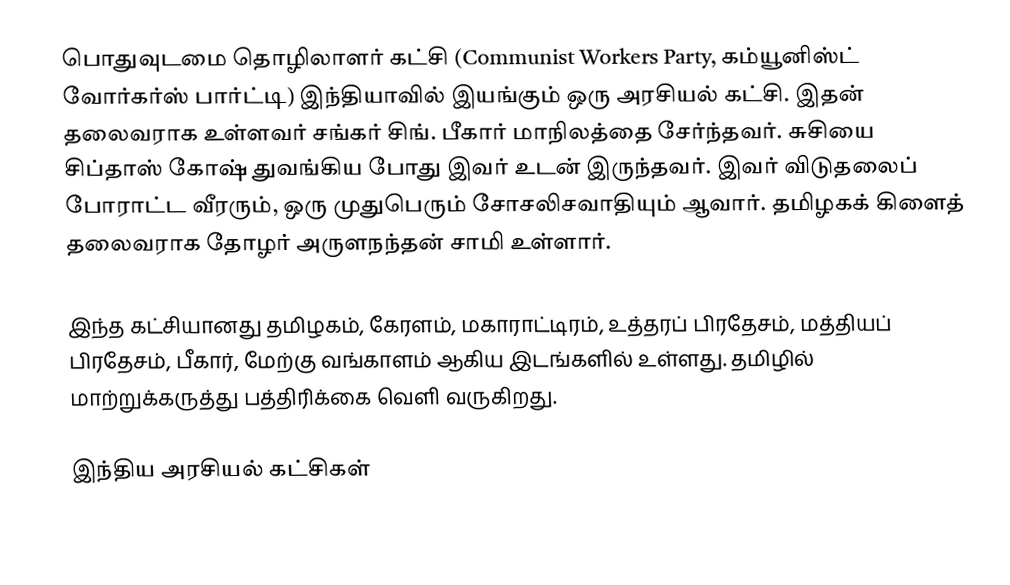
பொதுவுடமை தொழிலாளர் கட்சி (Communist Workers Party, கம்யூனிஸ்ட் வோர்கர்ஸ் பார்ட்டி) இந்தியாவில் இயங்கும் ஒரு அரசியல் கட்சி. இதன் தலைவராக உள்ளவர் சங்கர் சிங். பீகார் மாநிலத்தை சேர்ந்தவர். சுசியை சிப்தாஸ் கோஷ் துவங்கிய போது இவர் உடன் இருந்தவர். இவர் விடுதலைப் போராட்ட வீரரும், ஒரு முதுபெரும் சோசலிசவாதியும் ஆவார். தமிழகக் கிளைத் தலைவராக தோழர் அருளநந்தன் சாமி உள்ளார்.

இந்த கட்சியானது தமிழகம், கேரளம், மகாராட்டிரம், உத்தரப் பிரதேசம், மத்தியப் பிரதேசம், பீகார், மேற்கு வங்காளம் ஆகிய இடங்களில் உள்ளது. தமிழில் மாற்றுக்கருத்து பத்திரிக்கை வெளி வருகிறது.

இந்திய அரசியல் கட்சிகள்